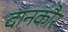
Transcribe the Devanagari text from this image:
दानकौर